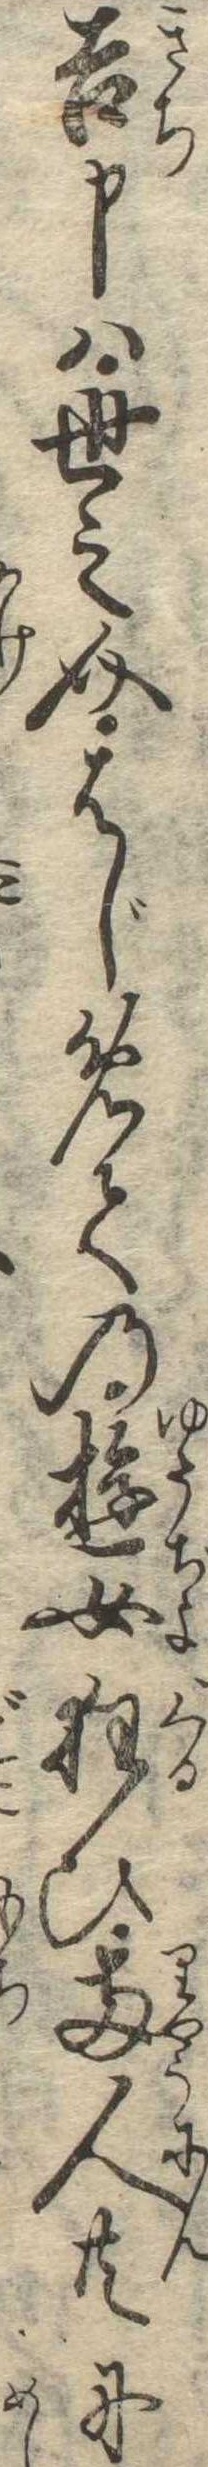
吉申は世之介はじめての遊女狂ひ両人共に